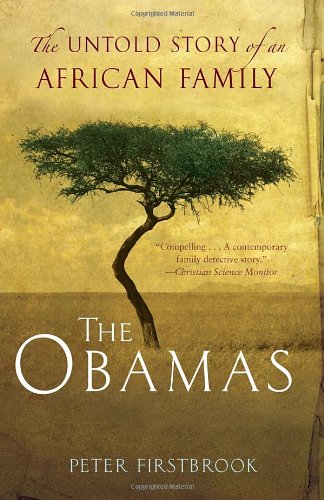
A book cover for The Obamas: The Untold Story of an African Family; Peter Firstbrook; History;